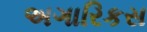
અગારિકસ